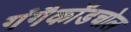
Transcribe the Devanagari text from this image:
गंगैकोंडचोल